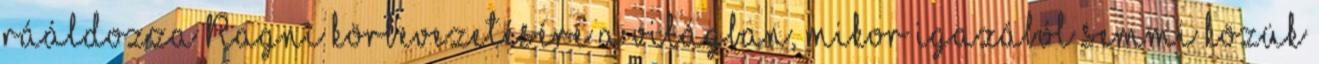
rááldozza Ragni körbevezetésére a világban, mikor igazából semmi közük